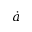
\dot { a }